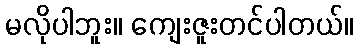
မလိုပါဘူး။ ကျေးဇူးတင်ပါတယ်။